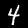
Label: 4